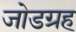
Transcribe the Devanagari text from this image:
जोडग्रह